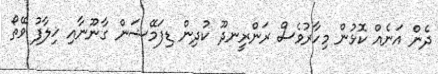
ދެން އަނެއް ކޮޅުން މިހާރުވެސް ރަންރީނދޫ ކުދިން ޑިފަމޭޝަން ގާނޫނާއި ޚިލާފު ވޭތޯ